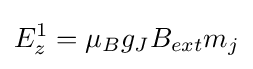
E_{z}^{1}=\mu _{B}g_{J}B_{ext}m_{j}